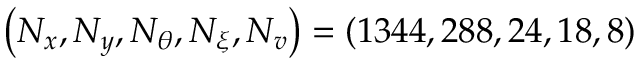
\left( N _ { x } , N _ { y } , N _ { \theta } , N _ { \xi } , N _ { v } \right) = ( 1 3 4 4 , 2 8 8 , 2 4 , 1 8 , 8 )